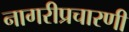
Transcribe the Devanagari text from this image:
नागरीप्रचारणी